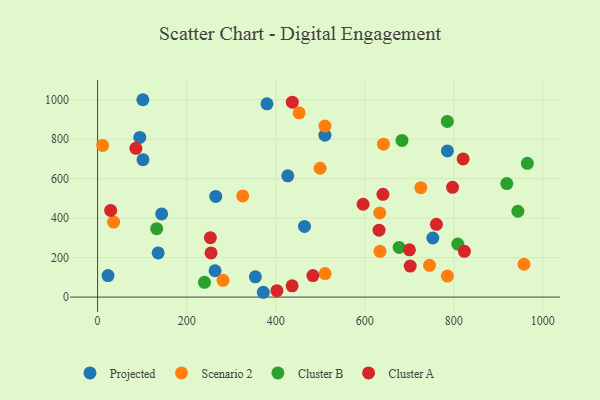
{"axis": {"x": "Study Hours", "y": "Yield"}, "legend": ["Cluster A", "Cluster B", "Projected", "Scenario 2"], "data": [{"x": "265.3", "y": 509.9, "type": "Projected"}, {"x": "23.4", "y": 109.2, "type": "Projected"}, {"x": "464.7", "y": 357.9, "type": "Projected"}, {"x": "136.0", "y": 223.7, "type": "Projected"}, {"x": "380.4", "y": 979.2, "type": "Projected"}, {"x": "102.0", "y": 696.4, "type": "Projected"}, {"x": "510.5", "y": 820.5, "type": "Projected"}, {"x": "785.6", "y": 740.4, "type": "Projected"}, {"x": "752.9", "y": 299.4, "type": "Projected"}, {"x": "372.2", "y": 24.4, "type": "Projected"}, {"x": "263.8", "y": 133.5, "type": "Projected"}, {"x": "354.3", "y": 102.9, "type": "Projected"}, {"x": "143.9", "y": 421.4, "type": "Projected"}, {"x": "94.8", "y": 808.9, "type": "Projected"}, {"x": "101.7", "y": 999.9, "type": "Projected"}, {"x": "427.1", "y": 614.6, "type": "Projected"}, {"x": "725.9", "y": 554.3, "type": "Scenario 2"}, {"x": "281.8", "y": 85.1, "type": "Scenario 2"}, {"x": "36.0", "y": 380.0, "type": "Scenario 2"}, {"x": "499.8", "y": 652.7, "type": "Scenario 2"}, {"x": "745.5", "y": 160.7, "type": "Scenario 2"}, {"x": "452.5", "y": 933.7, "type": "Scenario 2"}, {"x": "634.2", "y": 231.8, "type": "Scenario 2"}, {"x": "642.0", "y": 774.5, "type": "Scenario 2"}, {"x": "785.5", "y": 106.3, "type": "Scenario 2"}, {"x": "11.3", "y": 768.3, "type": "Scenario 2"}, {"x": "957.6", "y": 166.3, "type": "Scenario 2"}, {"x": "510.6", "y": 866.2, "type": "Scenario 2"}, {"x": "633.7", "y": 426.0, "type": "Scenario 2"}, {"x": "510.9", "y": 119.3, "type": "Scenario 2"}, {"x": "326.0", "y": 512.5, "type": "Scenario 2"}, {"x": "785.4", "y": 890.0, "type": "Cluster B"}, {"x": "919.0", "y": 575.2, "type": "Cluster B"}, {"x": "240.0", "y": 74.8, "type": "Cluster B"}, {"x": "808.8", "y": 268.7, "type": "Cluster B"}, {"x": "677.2", "y": 251.6, "type": "Cluster B"}, {"x": "943.9", "y": 435.0, "type": "Cluster B"}, {"x": "683.6", "y": 793.7, "type": "Cluster B"}, {"x": "132.7", "y": 346.5, "type": "Cluster B"}, {"x": "965.2", "y": 677.9, "type": "Cluster B"}, {"x": "483.5", "y": 108.8, "type": "Cluster A"}, {"x": "436.9", "y": 56.9, "type": "Cluster A"}, {"x": "700.3", "y": 239.6, "type": "Cluster A"}, {"x": "640.8", "y": 520.8, "type": "Cluster A"}, {"x": "702.0", "y": 157.3, "type": "Cluster A"}, {"x": "760.9", "y": 368.6, "type": "Cluster A"}, {"x": "253.3", "y": 301.1, "type": "Cluster A"}, {"x": "823.8", "y": 232.0, "type": "Cluster A"}, {"x": "86.0", "y": 753.7, "type": "Cluster A"}, {"x": "797.1", "y": 556.0, "type": "Cluster A"}, {"x": "402.7", "y": 32.6, "type": "Cluster A"}, {"x": "596.2", "y": 470.4, "type": "Cluster A"}, {"x": "632.1", "y": 339.0, "type": "Cluster A"}, {"x": "437.3", "y": 987.4, "type": "Cluster A"}, {"x": "820.9", "y": 699.8, "type": "Cluster A"}, {"x": "254.8", "y": 223.7, "type": "Cluster A"}, {"x": "29.3", "y": 439.0, "type": "Cluster A"}]}